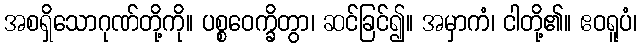
အစရှိသောဂုဏ်တို့ကို။ ပစ္စဝေက္ခိတွာ၊ ဆင်ခြင်၍။ အမှာကံ၊ ငါတို့၏။ ဧဝရူပံ၊